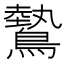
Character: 𬷮